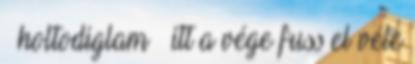
holtodiglam itt a vége fuss el véle